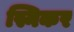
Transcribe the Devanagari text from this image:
स्निकर